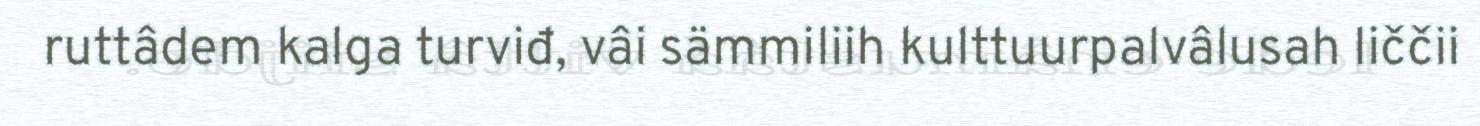
ruttâdem kalga turviđ, vâi sämmiliih kulttuurpalvâlusah liččii